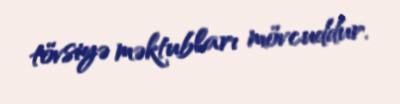
tövsiyə məktubları mövcuddur.